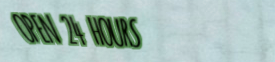
OPEN 24 HOURS